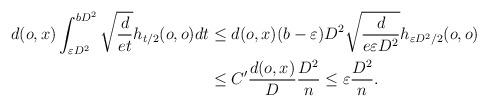
LaTeX: \begin{align*} d(o,x)\int_{\varepsilon D^2}^{b D^2} \sqrt{\frac{d}{et}} h_{t/2}(o,o) dt & \leq d(o,x)(b-\varepsilon)D^2\sqrt{\frac{d}{e\varepsilon D^2}} h_{\varepsilon D^2/2}(o,o) \\ & \leq C' \frac{d(o,x)}{D} \frac{D^2}{n} \leq \varepsilon \frac{D^2}{n}.\end{align*}